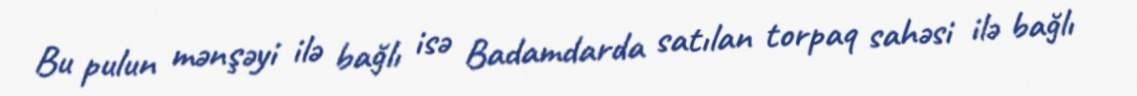
Bu pulun mənşəyi ilə bağlı isə Badamdarda satılan torpaq sahəsi ilə bağlı